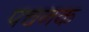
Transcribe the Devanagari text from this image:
पचनक